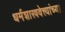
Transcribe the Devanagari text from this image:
धर्मशास्त्रवेत्त्यांच्या